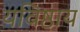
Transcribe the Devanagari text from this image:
यविष्ठाय